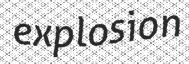
explosion